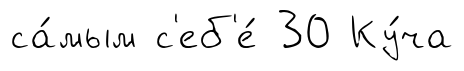
са́мым с'еб'е́ 30 Ку́ча